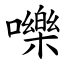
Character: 嚛